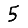
Digit: 5